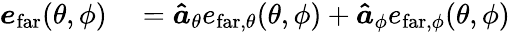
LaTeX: \begin{array}{rl}{\boldsymbol{e}_{\mathrm{far}}(\theta,\phi)}&{{}=\boldsymbol{\hat{a}}_{\theta}e_{\mathrm{far},\theta}(\theta,\phi)+\boldsymbol{\hat{a}}_{\phi}e_{\mathrm{far},\phi}(\theta,\phi)}\end{array}